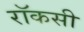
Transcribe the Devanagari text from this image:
रॉकसी